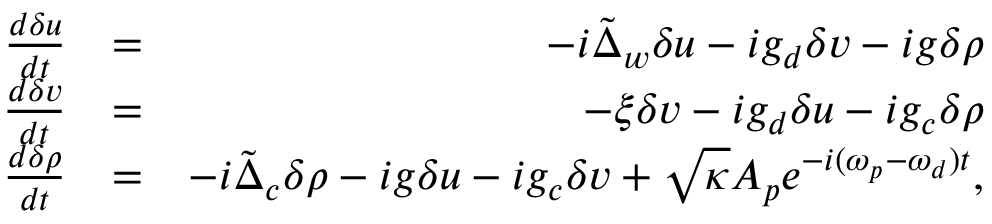
\begin{array} { r l r } { \frac { d \delta u } { d t } } & { = } & { - i \tilde { \Delta } _ { w } \delta u - i g _ { d } \delta v - i g \delta \rho } \\ { \frac { d \delta v } { d t } } & { = } & { - \xi \delta v - i g _ { d } \delta u - i g _ { c } \delta \rho } \\ { \frac { d \delta \rho } { d t } } & { = } & { - i \tilde { \Delta } _ { c } \delta \rho - i g \delta u - i g _ { c } \delta v + \sqrt { \kappa } A _ { p } e ^ { - i ( \omega _ { p } - \omega _ { d } ) t } , } \end{array}